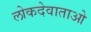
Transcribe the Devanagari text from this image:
लोकदेवाताओ